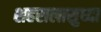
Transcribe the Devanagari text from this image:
शहरालासुध्दा